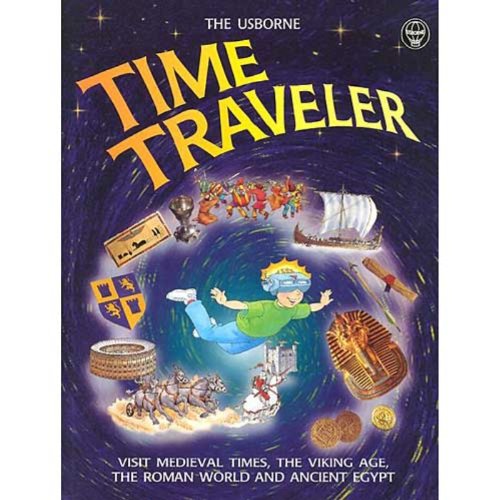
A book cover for Time Traveler: Visit Medieval Times, the Viking Age, the Roman World and Ancient Egypt (Usborne Time Traveler); Judy Hindley; Children's Books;